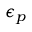
\epsilon _ { p }